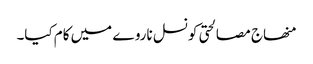
منھاج مصالحتی کونسل ناروے میں کام کیا۔